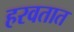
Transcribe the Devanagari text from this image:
हरवतात